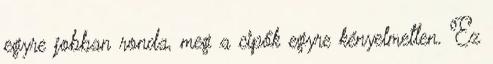
egyre jobban ronda, meg a cipők egyre kényelmetlen. Ez